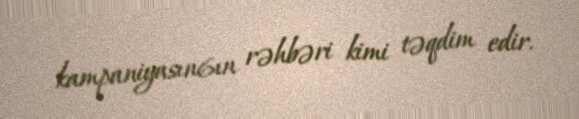
kampaniyasın6ın rəhbəri kimi təqdim edir.